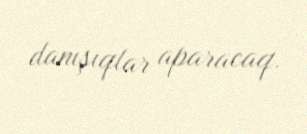
danışıqlar aparacaq.